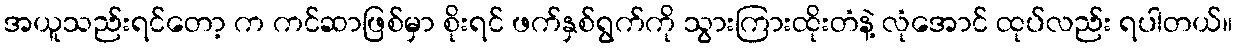
အယူသည်းရင်တော့ က ကင်ဆာဖြစ်မှာ စိုးရင် ဖက်နှစ်ရွက်ကို သွားကြားထိုးတံနဲ့ လုံအောင် ထုပ်လည်း ရပါတယ်။